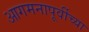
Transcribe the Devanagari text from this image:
आगमनापूर्वीच्या